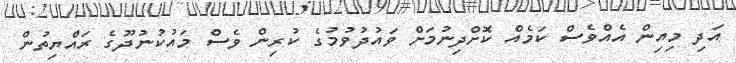
އަދި މިއިން އެއްވެސް ކަމެއް ކޮށްދިނުމަށް ވައުދުވުމުގެ ކުރިން ވެސް މައުކުނުދޫގެ ރައްޔިތުން